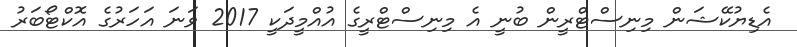
އެޑިޔުކޭޝަން މިނިސްޓްރީން ބުނީ އެ މިނިސްޓްރީގެ އުއްމީދަކީ 2017 ވަނަ އަހަރުގެ އޮކްޓޯބަރު